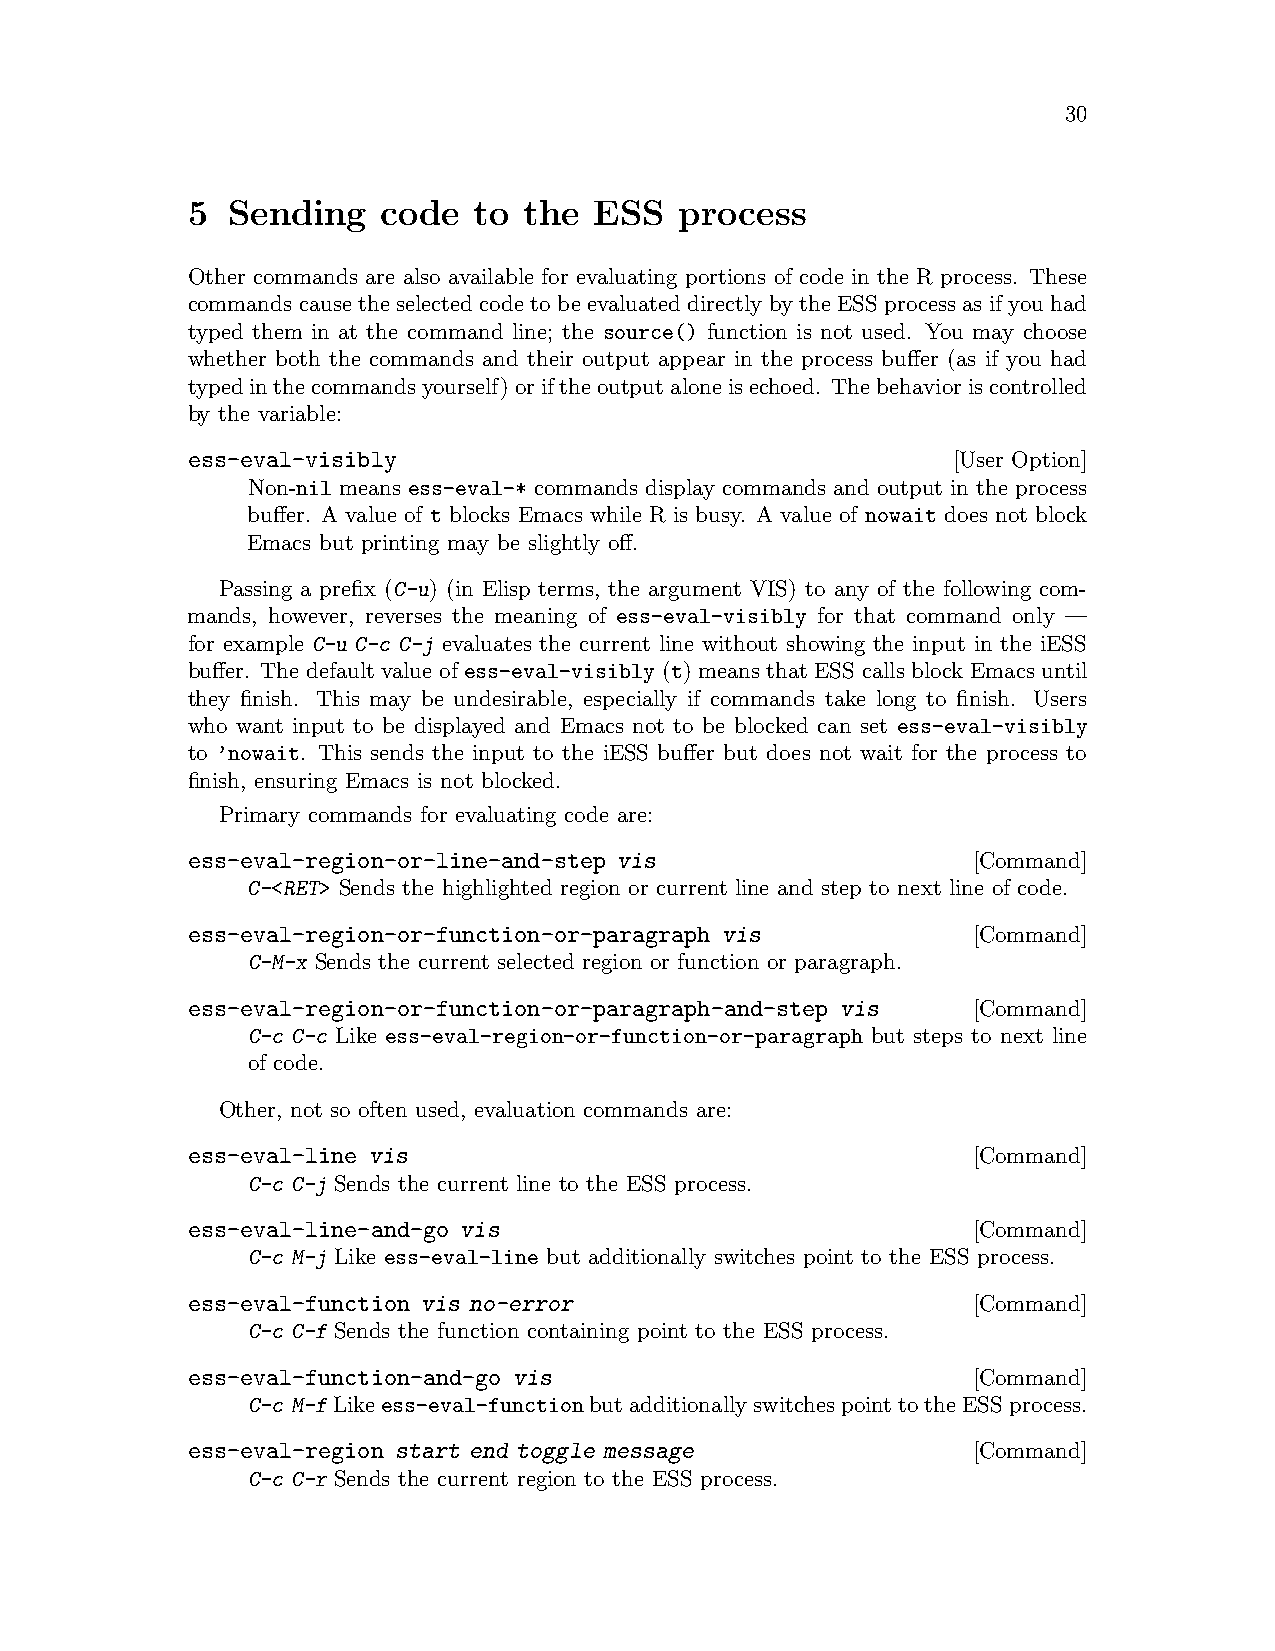
30
 5  Sending   code  to  the ESS   process
 Other commands are also available for evaluating portions of code in the R process. These
 commands cause the selected code to be evaluated directly by the ESS process as if you had
 typed them in at the command line; the source() function is not used. You may choose
 whether both the commands and their output appear in the process buffer (as if you had
 typedinthecommandsyourself)oriftheoutputaloneisechoed. Thebehavioriscontrolled
 by the variable:
 ess-eval-visibly                                   [User Option]
 Non-nil means ess-eval-* commands display commands and output in the process
 buffer. A value of t blocks Emacs while R is busy. A value of nowait does not block
 Emacs but printing may be slightly off.
 Passing a prefix (C-u) (in Elisp terms, the argument VIS) to any of the following com-
 mands, however, reverses the meaning of ess-eval-visibly for that command only —
 for example C-u C-c C-j evaluates the current line without showing the input in the iESS
 buffer. The default value of ess-eval-visibly (t) means that ESS calls block Emacs until
 they finish. This may be undesirable, especially if commands take long to finish. Users
 who want input to be displayed and Emacs not to be blocked can set ess-eval-visibly
 to ’nowait. This sends the input to the iESS buffer but does not wait for the process to
 finish, ensuring Emacs is not blocked.
 Primary commands for evaluating code are:
 ess-eval-region-or-line-and-step vis                [Command]
 C-<RET> Sends the highlighted region or current line and step to next line of code.
 ess-eval-region-or-function-or-paragraph vis        [Command]
 C-M-x Sends the current selected region or function or paragraph.
 ess-eval-region-or-function-or-paragraph-and-step vis [Command]
 C-c C-c Like ess-eval-region-or-function-or-paragraph but steps to next line
 of code.
 Other, not so often used, evaluation commands are:
 ess-eval-line vis                                   [Command]
 C-c C-j Sends the current line to the ESS process.
 ess-eval-line-and-go vis                            [Command]
 C-c M-j Like ess-eval-line but additionally switches point to the ESS process.
 ess-eval-function vis no-error                      [Command]
 C-c C-f Sends the function containing point to the ESS process.
 ess-eval-function-and-go vis                        [Command]
 C-c M-fLikeess-eval-functionbutadditionallyswitchespointtotheESSprocess.
 ess-eval-region start end toggle message            [Command]
 C-c C-r Sends the current region to the ESS process.